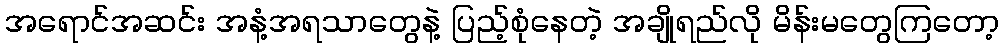
အရောင်အဆင်း အနံ့အရသာတွေနဲ့ ပြည့်စုံနေတဲ့ အချိုရည်လို မိန်းမတွေကြတော့